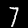
Label: 7